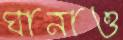
ঘানাও